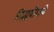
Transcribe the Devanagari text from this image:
सिद्धयोगाचे